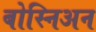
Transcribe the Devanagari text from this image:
बोस्निअन